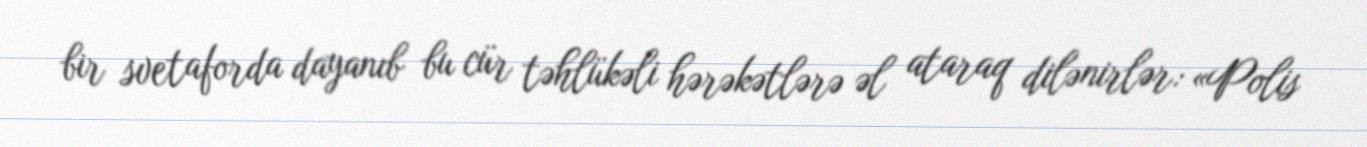
bir svetaforda dayanıb bu cür təhlükəli hərəkətlərə əl ataraq dilənirlər: «Polis